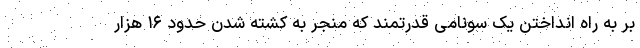
بر به راه انداختن یک سونامی قدرتمند که منجر به کشته شدن حدود ۱۶ هزار